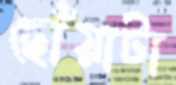
ছোঁয়াটা